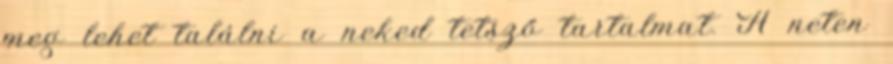
meg lehet találni a neked tetsző tartalmat. A neten